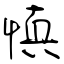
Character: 慎